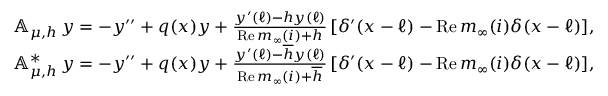
\begin{array} { r l } & { { \mathbb A } _ { \mu , h } \, y = - y ^ { \prime \prime } + q ( x ) y + \frac { y ^ { \prime } ( \ell ) - h y ( \ell ) } { \mathrm { R e \, } m _ { \infty } ( i ) + h } \, [ \delta ^ { \prime } ( x - \ell ) - \mathrm { R e \, } m _ { \infty } ( i ) \delta ( x - \ell ) ] , } \\ & { { \mathbb A } _ { \mu , h } ^ { * } \, y = - y ^ { \prime \prime } + q ( x ) y + \frac { y ^ { \prime } ( \ell ) - \overline { h } y ( \ell ) } { \mathrm { R e \, } m _ { \infty } ( i ) + \overline { h } } \, [ \delta ^ { \prime } ( x - \ell ) - \mathrm { R e \, } m _ { \infty } ( i ) \delta ( x - \ell ) ] , } \end{array}